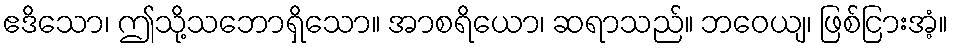
ဧဒိသော၊ ဤသို့သဘောရှိသော။ အာစရိယော၊ ဆရာသည်။ ဘဝေယျ၊ ဖြစ်ငြားအံ့။